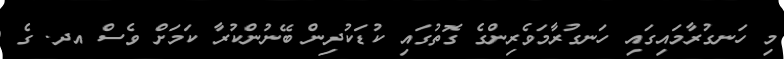
މި ހަނގުރާމައިގައި ހަނގުރާމަވެރިންގެ ގޮތުގައި ކުޑަކުދިން ބޭނުންކުރާ ކަމަށް ވެސް އދ. ގެ